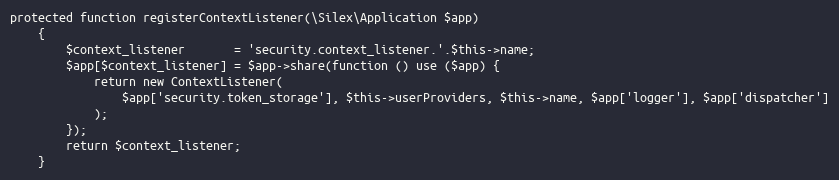
Language: PHP
protected function registerContextListener(\Silex\Application $app)
    {
        $context_listener       = 'security.context_listener.'.$this->name;
        $app[$context_listener] = $app->share(function () use ($app) {
            return new ContextListener(
                $app['security.token_storage'], $this->userProviders, $this->name, $app['logger'], $app['dispatcher']
            );
        });
        return $context_listener;
    }